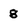
Character: 8